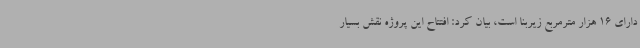
دارای 16 هزار مترمربع زیربنا است، بیان کرد: افتتاح این پروژه نقش بسیار